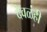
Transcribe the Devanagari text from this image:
देवळंही